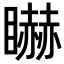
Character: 𥋿